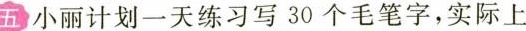
五小丽计划一天练习写30个毛笔字，实际上午